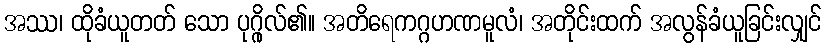
အဿ၊ ထိုခံယူတတ် သော ပုဂ္ဂိုလ်၏။ အတိရေကဂ္ဂဟဏမူလံ၊ အတိုင်းထက် အလွန်ခံယူခြင်းလျှင်